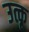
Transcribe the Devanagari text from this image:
उत्कृ